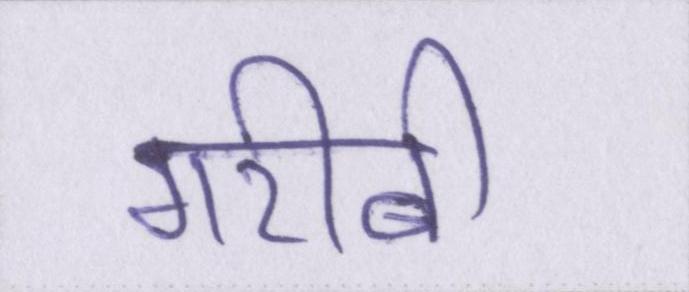
गरीबी